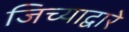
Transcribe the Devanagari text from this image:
जिच्याद्वारे